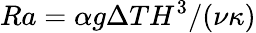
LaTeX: Ra=\alpha g\Delta TH^{3}/(\nu\kappa)